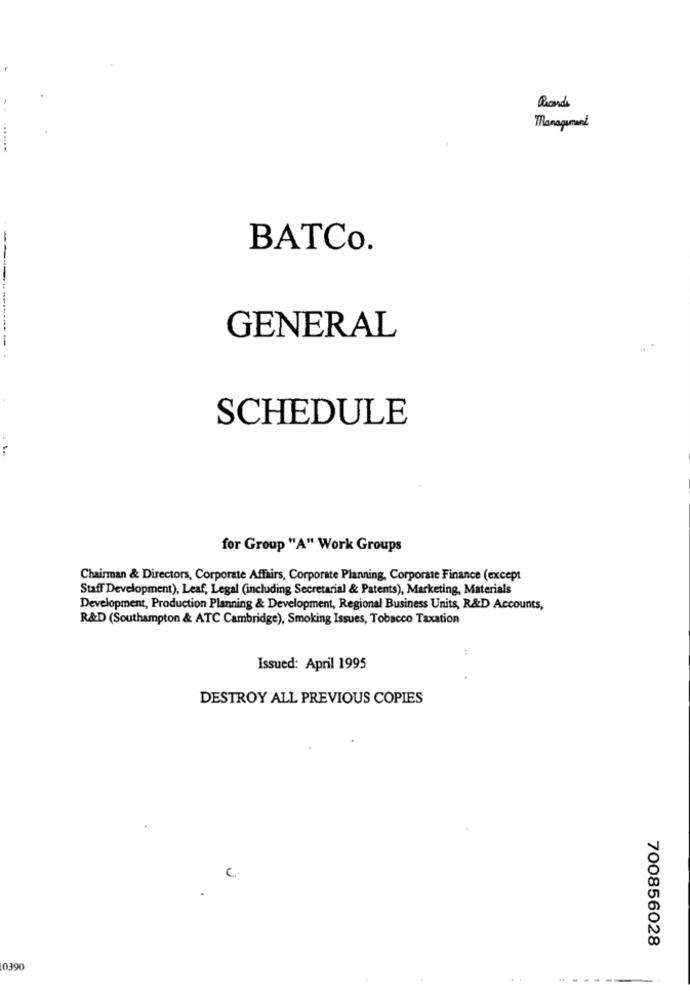
Records
Management
BATCo.
GENERAL
SCHEDULE
for Group "A" Work Groups
Chairman & Directors, Corporate Affairs, Corporate Planning, Corporate Finance (except
Staff Development), Leaf, Legal (including Secretarial & Patents), Marketing, Materials
Development, Production Planning & Development, Regional Business Units, R&D Accounts,
R&D (Southampton & ATC Cambridge), Smoking Issues, Tobacco Taxation
Issued: April 1995
DESTROY ALL PREVIOUS COPIES
C.
700856028
06FU
-